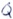
Text: Q